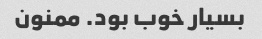
بسیار خوب بود. ممنون